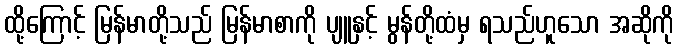
ထို့ကြောင့် မြန်မာတို့သည် မြန်မာစာကို ပျူနှင့် မွန်တို့ထံမှ ရသည်ဟူသော အဆိုကို